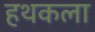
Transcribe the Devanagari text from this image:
हथकला